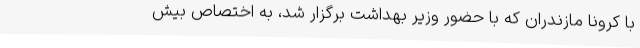
با کرونا مازندران که با حضور وزیر بهداشت برگزار شد، به اختصاص بیش